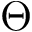
\Theta